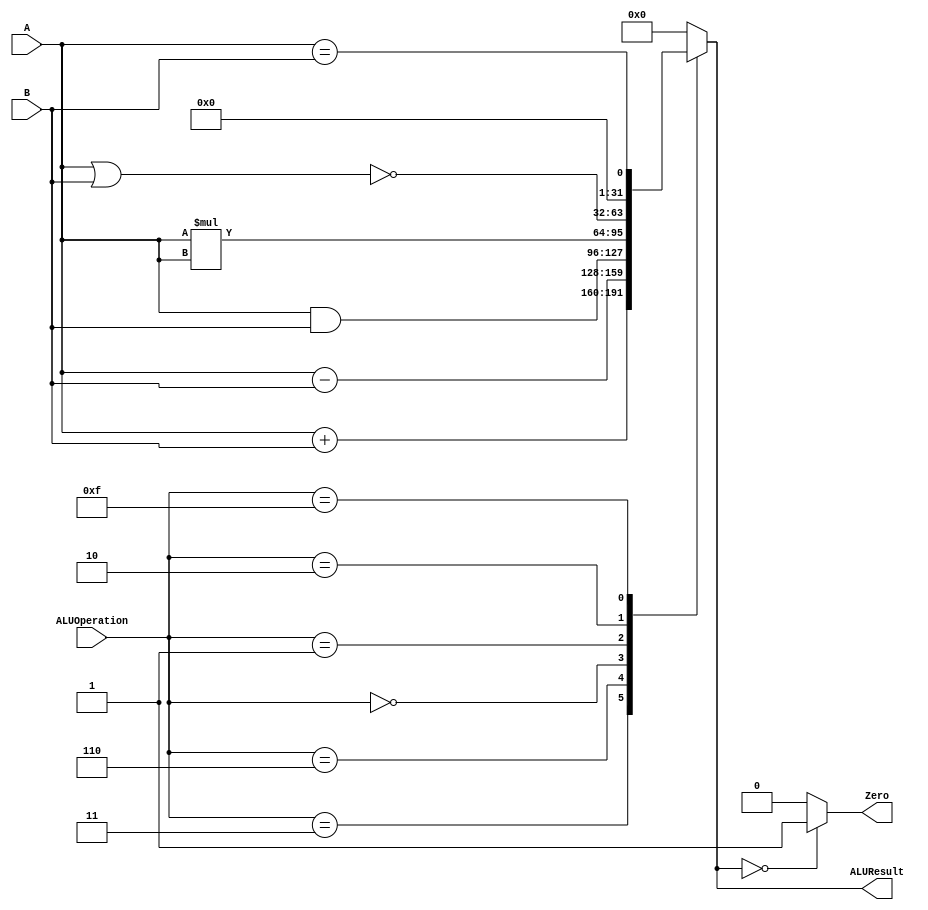
/******************************************************************
* Description
*	This is an 32-bit arithetic logic unit that can execute the next set of operations:
*		add
*		sub
*		or
*		and
*		nor
* This ALU is written by using behavioral description.
* Version:
*	1.0
* Author:
*	Dr. Jos Luis Pizano Escalante
* email:
*	luispizano@iteso.mx
* Date:
*	01/03/2014
******************************************************************/

module ALU 
(
	input [3:0] ALUOperation,
	input [31:0] A,
	input [31:0] B,
	output reg Zero,
	output reg [31:0]ALUResult
);
localparam AND = 4'b0000;
localparam SQU  = 4'b0001;
localparam NOR = 4'b0010;
localparam ADD = 4'b0011;
localparam SUB = 4'b0110;
localparam MOV = 4'b1111;

   
   always @ (A or B or ALUOperation)
     begin
		case (ALUOperation)
		  ADD: // add
			ALUResult=A + B;
		  SUB: // sub
			ALUResult=A - B;
		  AND: // and
			ALUResult= A & B;
		  SQU: // Square
			ALUResult= A * A;
		  NOR: // or
			ALUResult= ~(A|B);
		  MOV: // move
		   ALUResult= A == B;
			
		default:
			ALUResult= 0;
		endcase // case(control)
		Zero = (ALUResult==0) ? 1'b1 : 1'b0;
     end // always @ (A or B or control)
endmodule // ALU